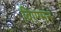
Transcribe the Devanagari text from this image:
विएग्मन